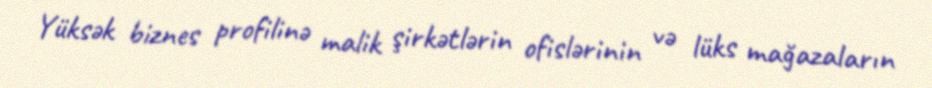
Yüksək biznes profilinə malik şirkətlərin ofislərinin və lüks mağazaların